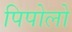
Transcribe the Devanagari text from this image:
पिपोलो